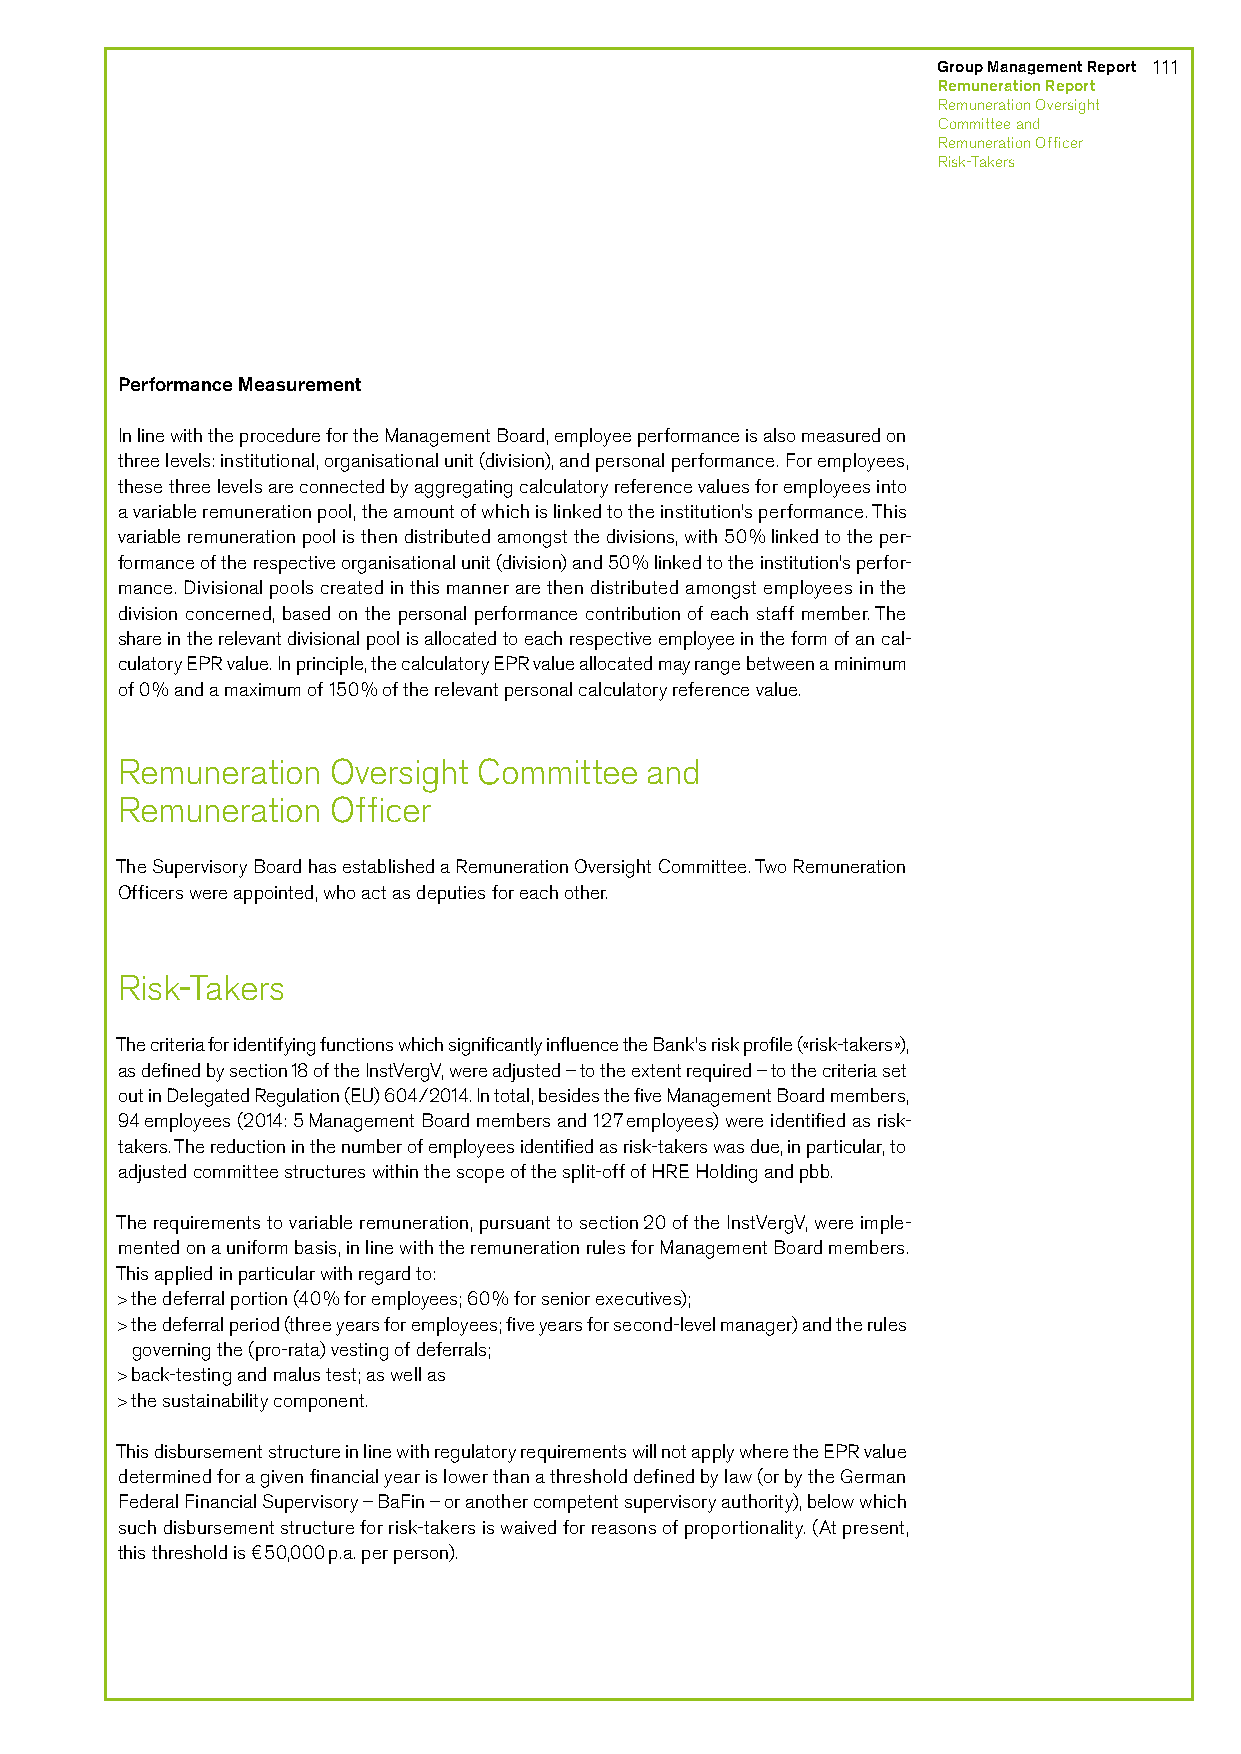
Group Management Report 111
 Remuneration Report
 Remuneration Oversight
 Committee and
 Remuneration Officer
 Risk-Takers
 Performance Measurement
 In line with the procedure for the Management Board, employee performance is also measured on
 three levels: institutional, organisational unit (division), and personal performance. For employees,
 these three levels are connected by aggregating calculatory reference values for employees into
 a variable remuneration pool, the amount of which is linked to the institution’s performance. This
 variable remuneration pool is then distributed amongst the divisions, with 50% linked to the per-
 formance of the respective organisational unit (division) and 50% linked to the institution’s perfor-
 mance. Divisional pools created in this manner are then distributed amongst employees in the
 division concerned, based on the personal performance contribution of each staff member. The
 share in the relevant divisional pool is allocated to each respective employee in the form of an cal-
 culatory EPR value. In principle, the calculatory EPR value allocated may range between a minimum
 of 0% and a maximum of 150% of the relevant personal calculatory reference value.
 Remuneration  Oversight Committee  and
 Remuneration  Officer
 The Supervisory Board has established a Remuneration Oversight Committee. Two Remuneration
 Officers were appointed, who act as deputies for each other.
 Risk-Takers
 The criteria for identifying functions which significantly influence the Bank’s risk profile («risk-takers»),
 as defined by section 18 of the InstVergV, were adjusted – to the extent required – to the criteria set
 out in Delegated Regulation (EU) 604/2014. In total, besides the five Management Board members,
 94 employees (2014: 5 Management Board members and 127 employees) were identified as risk-
 takers. The reduction in the number of employees identified as risk-takers was due, in particular, to
 adjusted committee structures within the scope of the split-off of HRE Holding and pbb.
 The requirements to variable remuneration, pursuant to section 20 of the InstVergV, were imple-
 mented on a uniform basis, in line with the remuneration rules for Management Board members.
 This applied in particular with regard to:
 > the deferral portion (40% for employees; 60% for senior executives);
 > the deferral period (three years for employees; five years for second-level manager) and the rules
 governing the (pro-rata) vesting of deferrals;
 > back-testing and malus test; as well as
 > the sustainability component.
 This disbursement structure in line with regulatory requirements will not apply where the EPR value
 determined for a given financial year is lower than a threshold defined by law (or by the German
 Federal Financial Supervisory – BaFin – or another competent supervisory authority), below which
 such disbursement structure for risk-takers is waived for reasons of proportionality. (At present,
 this threshold is €50,000 p.a. per person).